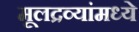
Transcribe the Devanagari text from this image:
मूलद्रव्यांमध्ये